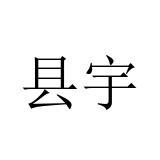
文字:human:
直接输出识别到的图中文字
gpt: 县宇